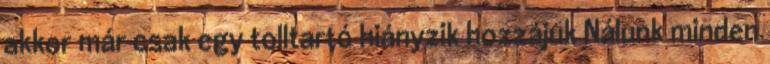
akkor már csak egy tolltartó hiányzik hozzájuk Nálunk minden